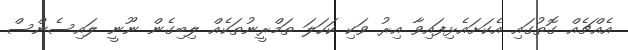
އެއްޗެއް ގޮތުގައި އެކަށައެޅިފައިވާ އިރު ވަކި ކަހަލަ ތަމްރީނުތަކެއް ލިބިގެން ނޫނީ ލައިސެންސް